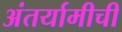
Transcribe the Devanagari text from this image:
अंतर्यामीची